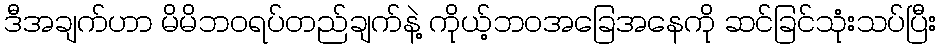
ဒီအချက်ဟာ မိမိဘဝရပ်တည်ချက်နဲ့ ကိုယ့်ဘဝအခြေအနေကို ဆင်ခြင်သုံးသပ်ပြီး